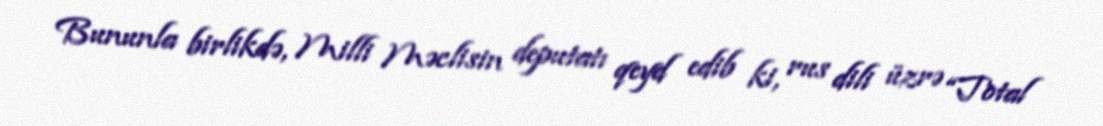
Bununla birlikdə, Milli Məclisin deputatı qeyd edib ki, rus dili üzrə “Total